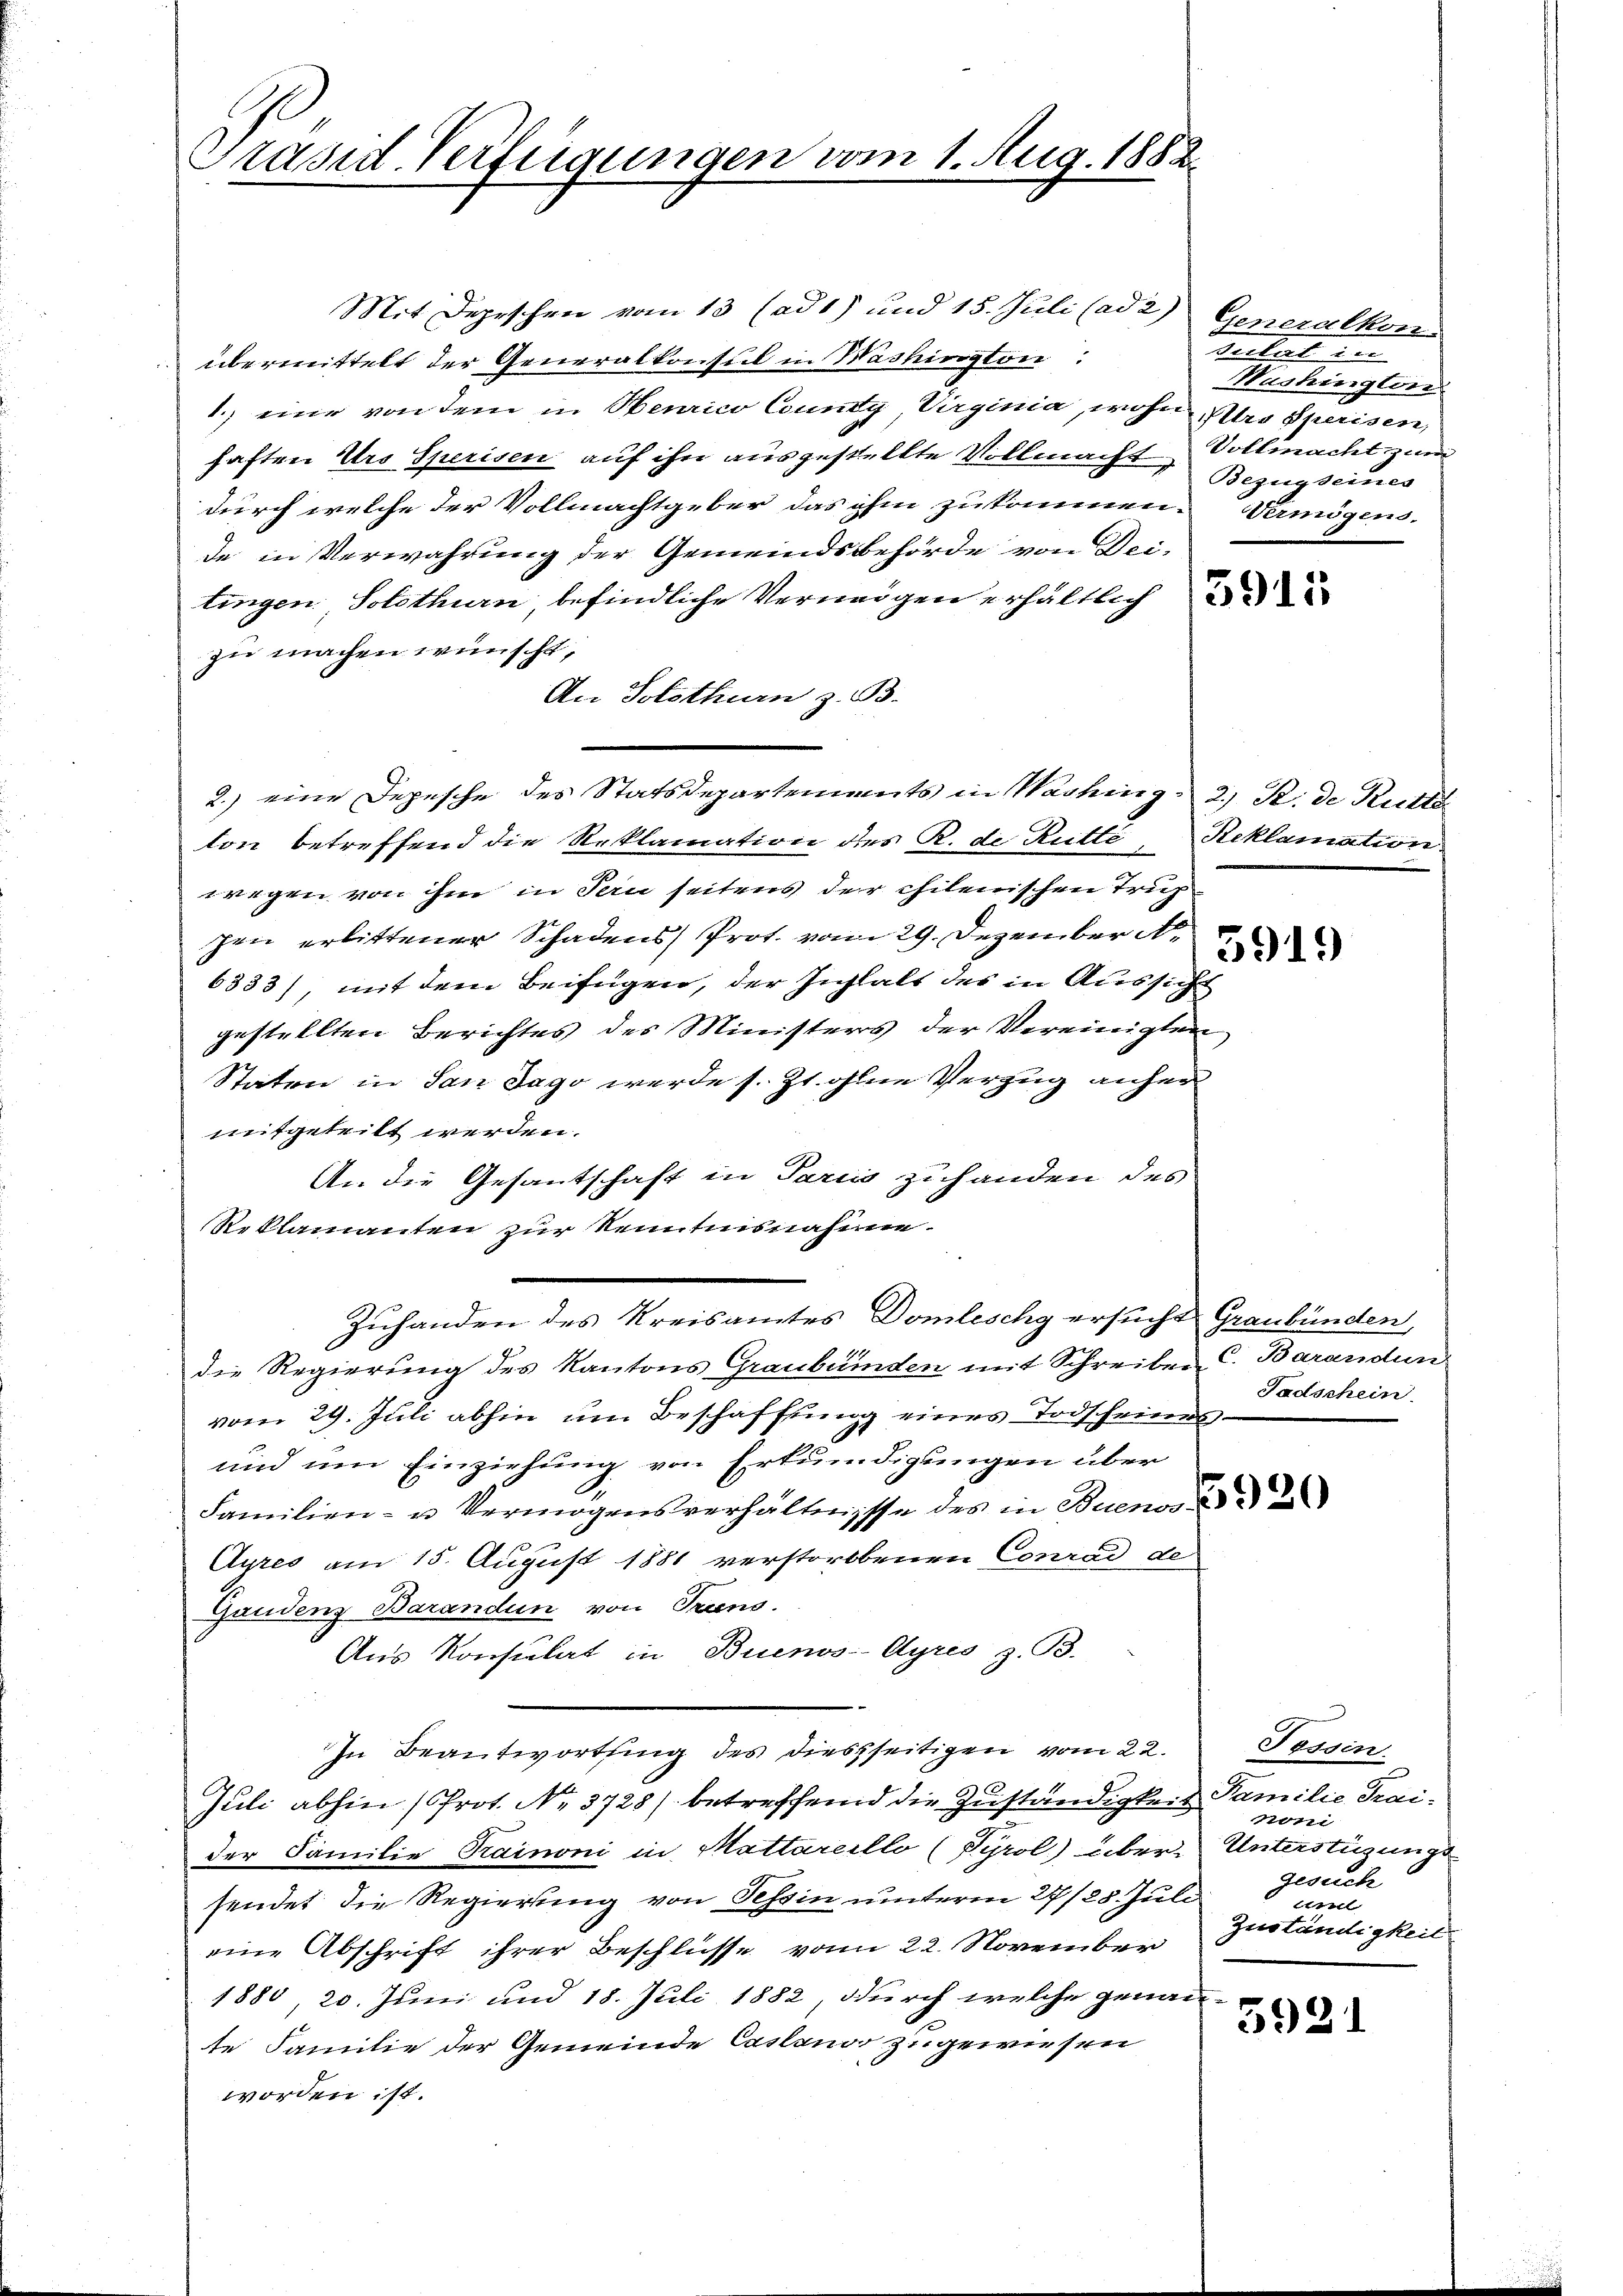
Präsid-Verfügungen vom 1. Aug. 1882.

1.) eine von dem in Henrico County, Virginia, wohner Speisen,
haften Urs Sperisen auf ihn ausgestellte Vollmacht Vollmacht zu
durch welche der Vollmachtgeber das ihm zukommen. Vermögens.
de in Verwahrung der Gemeindsbehörde von Dei-
tingen. Solothurn, befindliche Vermögen erhältliche
zu machen wünscht,
An Solothurn z. B.
2.) eine Depesche des Statsdepartements in Washing 2) R. de Rutt
ton betreffend die Reklamation des R. de Rütte, Reklamation
wegen von ihm in Pern seitens der chilenischen Trupzen erlittener Schadens Prot. vom 29. Dezember A
6333), mit dem Beifügen, der Instalt des in Aussicht
gestellten Berichtes des Ministers der Vereinigten,
Staten in San Jago werde s. Zt. ohne Verzug anher
mitgeteilt werden.
An die Gesantschaft in Paris zuhanden des
Reklamanten zur Kenntnisnahme.
Zuhanden des Kreisamtes Domleschy ersucht Graubünden,
die Regierung des Kantons Graubünden mit Schreiben C. Barandun
vom 29. Juli abhin um Beschaffung eines Todscheines
und um Einziehung von Erkundigungen über
Familien- u Vermögensverhältnisse des in Buenos
Aures am 15. August 1881 verstorbenen Conrad de
Gandenz Barandun von Triens.
Aus Konsulat in Buenos-Ayres z. B.
In Beantwortsing des diesseitigen vom 22.
Juli abhin (Prot. No. 3728) betreffend die Zuständigkeit Familie Traider Familie Trainoni in Mattareillo (Pyrol) über-Unterstüzungssendet die Regierung von Tessin unterm 27/28. Juli
eine Abschrift ihrer Beschlüsse vom 22. November
1880 20. Juni und 18. Juli 1882, durch welche genau-
te Familie der Gemeinde Casano zugewiesen
worden ist.

Mit Depeschen vom 13 (ad 1) und 15. Juli (ad 2) Generalkon
übermittelt der Generalkonsul in Washington:

unter in
Hushington
Bezugseines

5919

Tadschein

Fossin
noni
gesuch
und
Zuständigkeit

5921